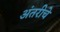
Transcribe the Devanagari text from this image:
अंतरीचे